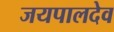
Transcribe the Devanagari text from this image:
जयपालदेव